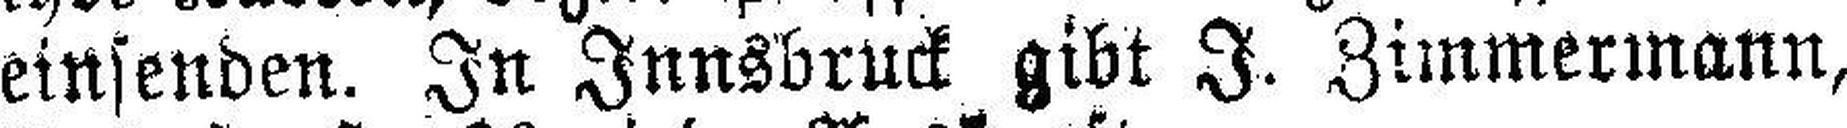
einsenden. In Innsbruck gibt J. Zimmermann,